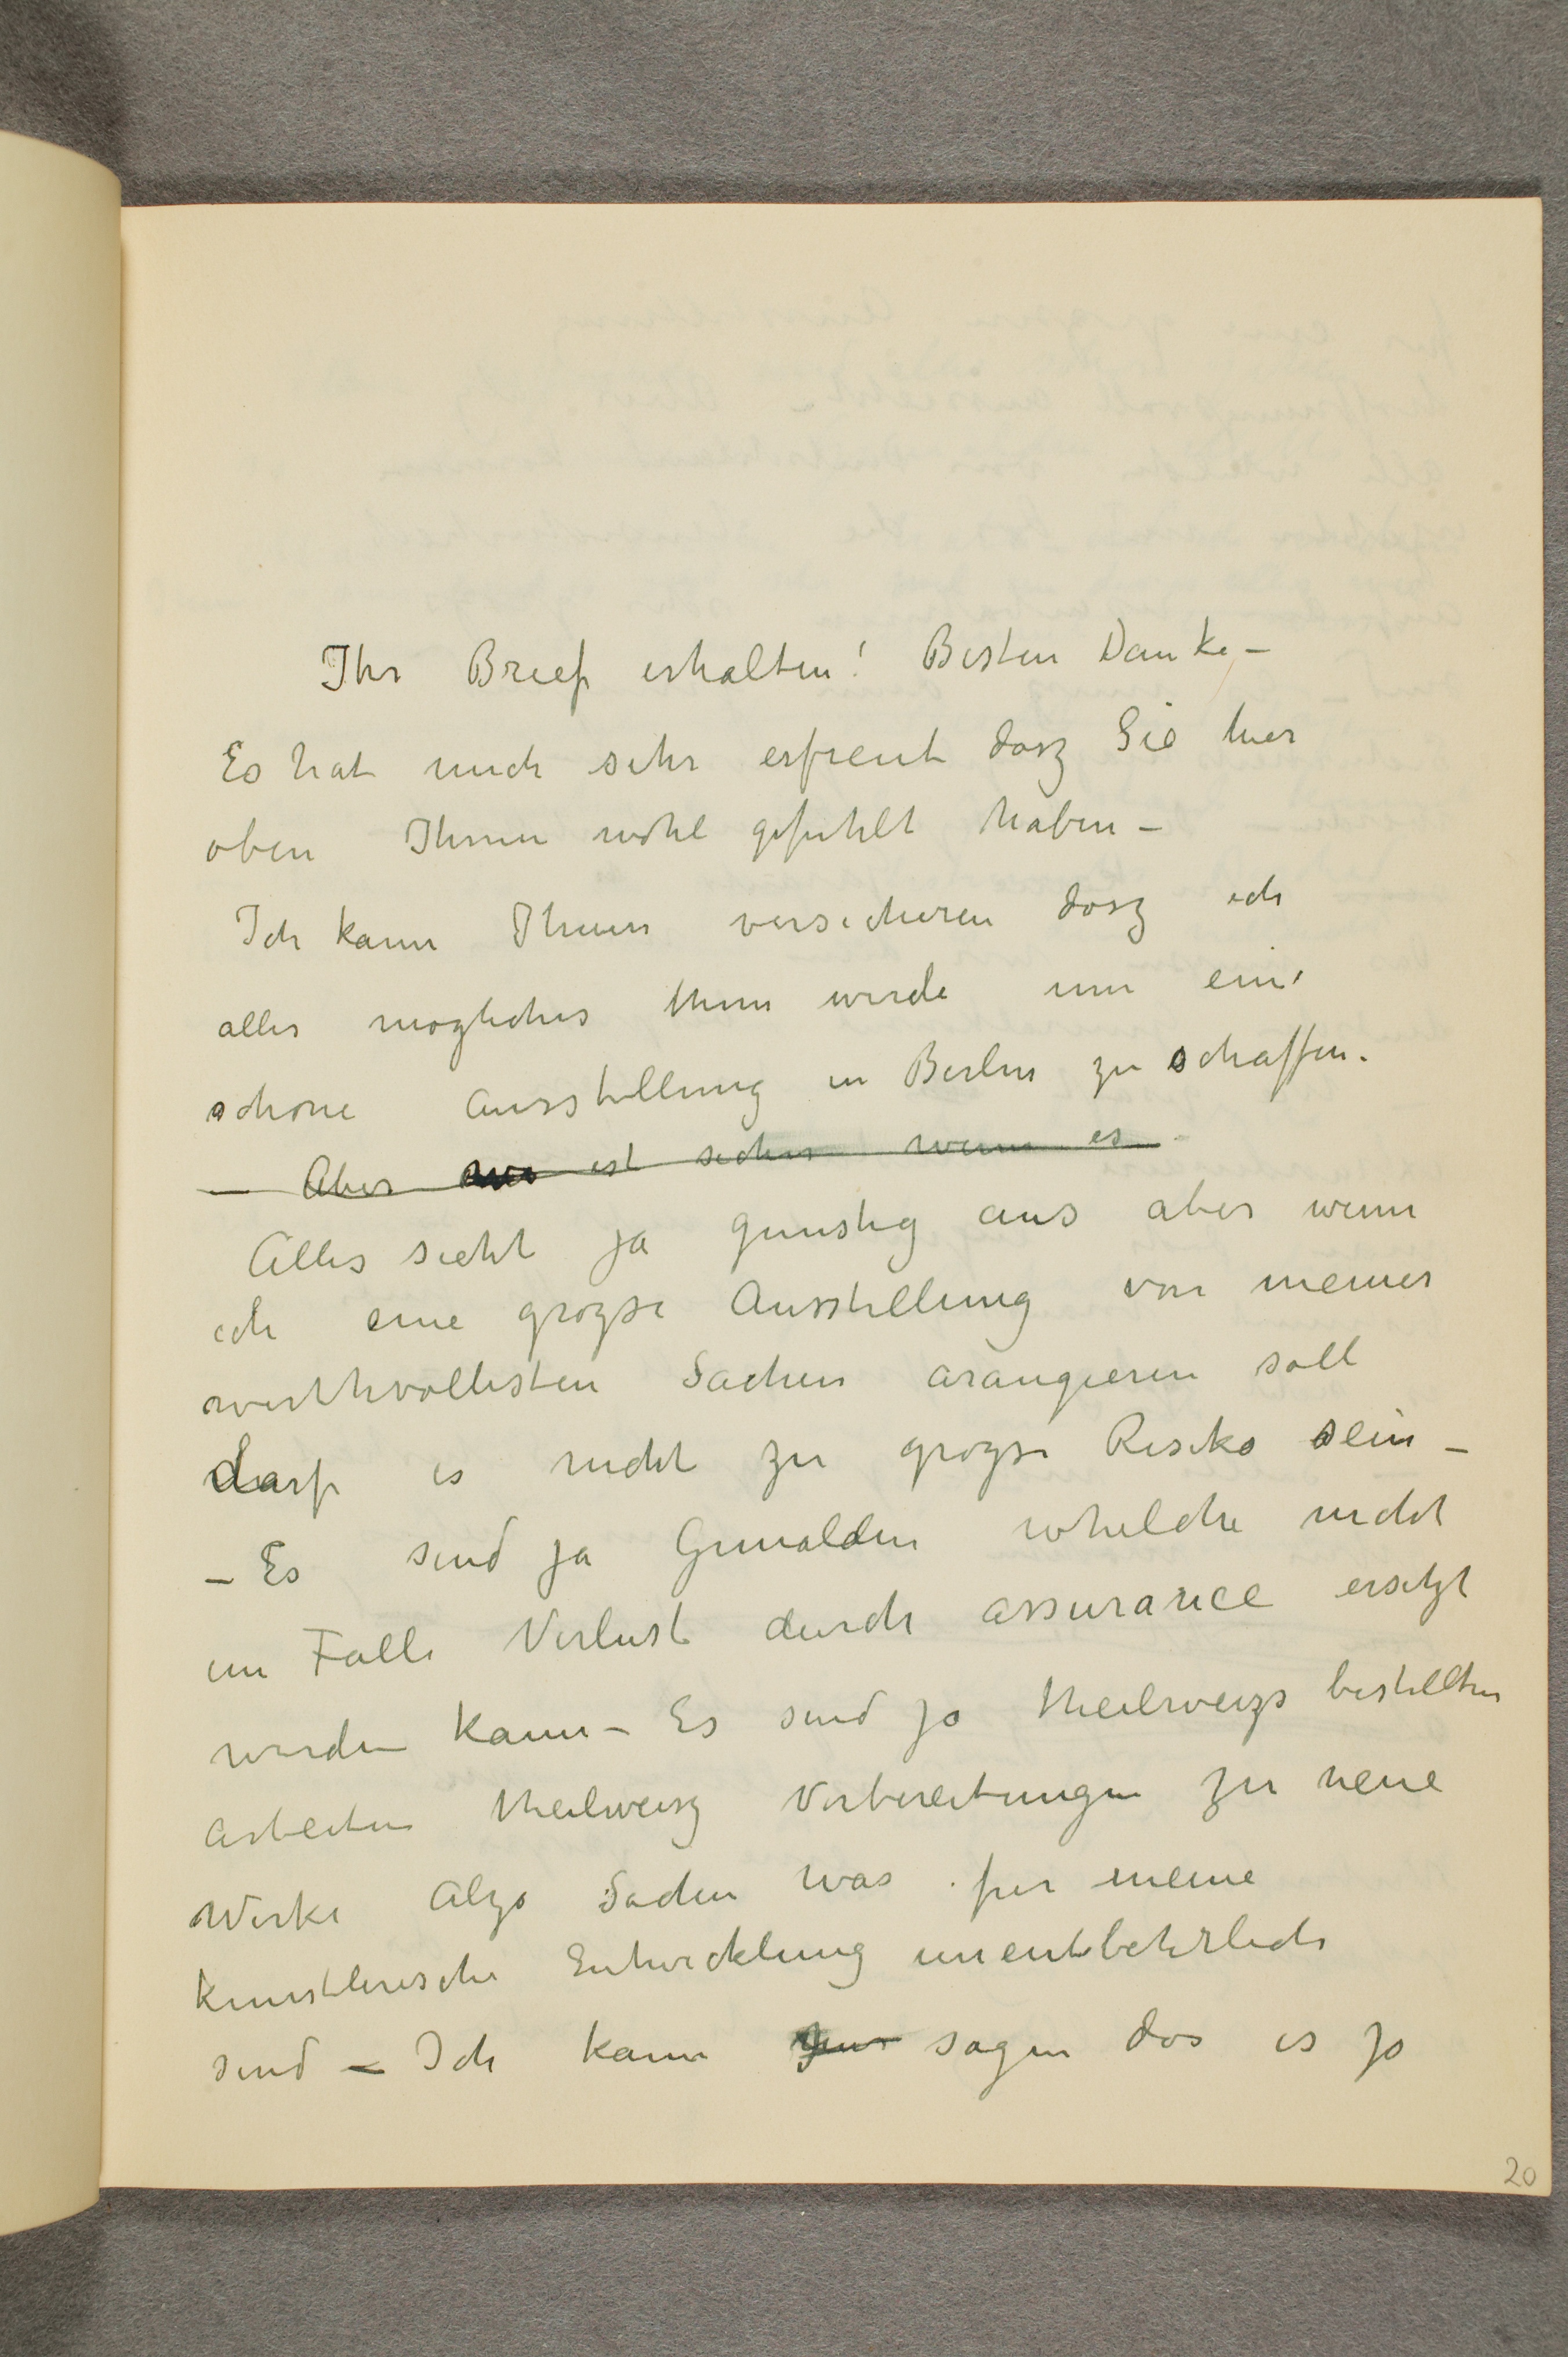
Ihr Brief erhalten! Besten Danke -
Es hat mich sehr erfreut dasz Sie hier
oben Ihnen wohl gefuhlt haben -
Ich kann Ihnen versicheren dasz ich
alles mogliches thun werde um eine
schone Ausstellung in Berlin zu schaffen.
- Aber ... ist sicher wenn es
Alles sieht ja gunstig aus aber wenn
ich eine grozse Ausstellung von meiner
werthvollesten Sachen arangieren soll
darf es nicht zu grozse Risiko sein -
- Es sind ja Gemalden whelche nicht
im Falle Verlust durch assurance ersetzt
werden kann - Es sind ja theilweizs bestellten
arbeiten theilweisz Vorbereitungen zu neue
Werke Alzo Sachen was fur meine
Kunstlerische Entwicklung unentbehrlich
sind - Ich kann ... sagen das es ja